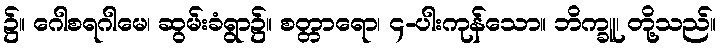
၌။ ဂေါစရဂါမေ၊ ဆွမ်းခံရွာ၌။ စတ္တာရော၊ ၄-ပါးကုန်သော။ ဘိက္ခူ၊ တို့သည်။